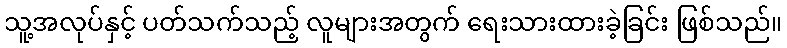
သူ့အလုပ်နှင့် ပတ်သက်သည့် လူများအတွက် ရေးသားထားခဲ့ခြင်း ဖြစ်သည်။